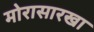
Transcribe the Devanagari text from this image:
मोरासारखा